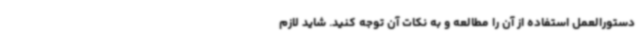
دستورالعمل استفاده از آن را مطالعه و به نکات آن توجه کنید. شاید لازم